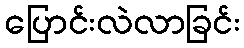
ပြောင်းလဲလာခြင်း